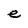
Character: e